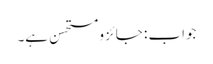
جواب : جائز ومستحسن ہے۔